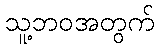
သူ့ဘဝအတွက်